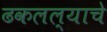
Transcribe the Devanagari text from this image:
ढकलल्याचे